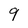
Character: 9